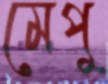
মেপু